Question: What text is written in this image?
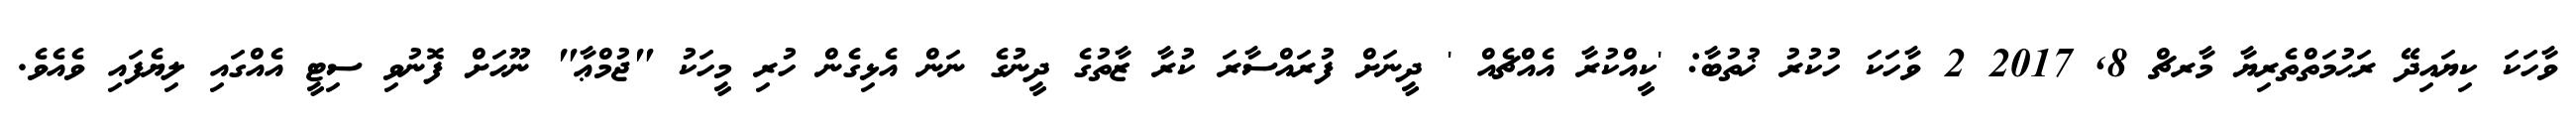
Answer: ވާހަކަ ކިޔައިދޭ ރަޙުމަތްތެރިޔާ މާރޗް 8, 2017 2 ވާހަކަ ހުކުރު ޚުތުބާ: 'ކީއްކުރާ އެއްޗެއް ' ދީނަށް ފުރައްސާރަ ކުރާ ޒާތުގެ ދީނުގެ ނަން އެޅިގެން ހުރި މީހަކު "ޖުމްޢާ" ނޫހަށް ފޮނުވި ސިޓީ އެއްގައި ލިޔެފައި ވެއެވެ.